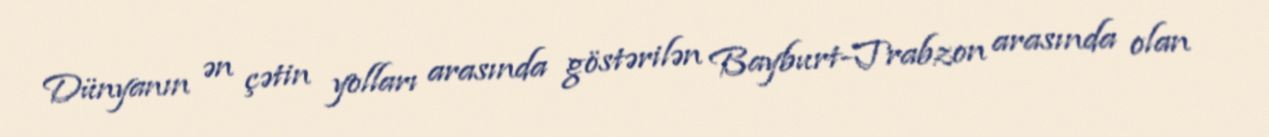
Dünyanın ən çətin yolları arasında göstərilən Bayburt-Trabzon arasında olan